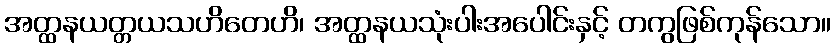
အတ္ထနယတ္တယသဟိတေဟိ၊ အတ္ထနယသုံးပါးအပေါင်းနှင့် တကွဖြစ်ကုန်သော။